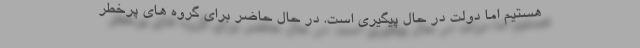
هستیم اما دولت در حال پیگیری است. در حال حاضر برای گروه های پرخطر